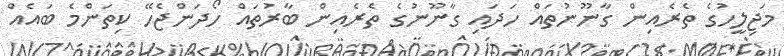
މަޖިލީހުގެ ތެރެއިން ގާނޫނުތައް ހަދައި ގާނޫނުގެ ތެރެއިން ބާރުތައް ހޯދަންޖެހޭ ކިތަންމެ ބައެއް